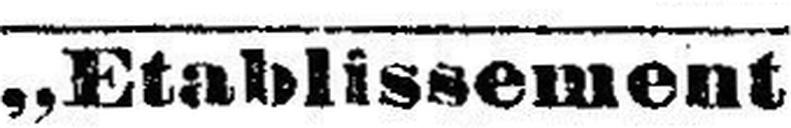
„Etablissement